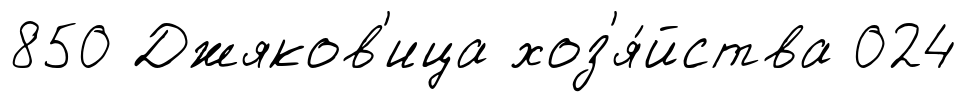
850 Джяков'ица хоз'я́йства 024